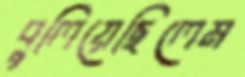
বুলিয়েছিলেম